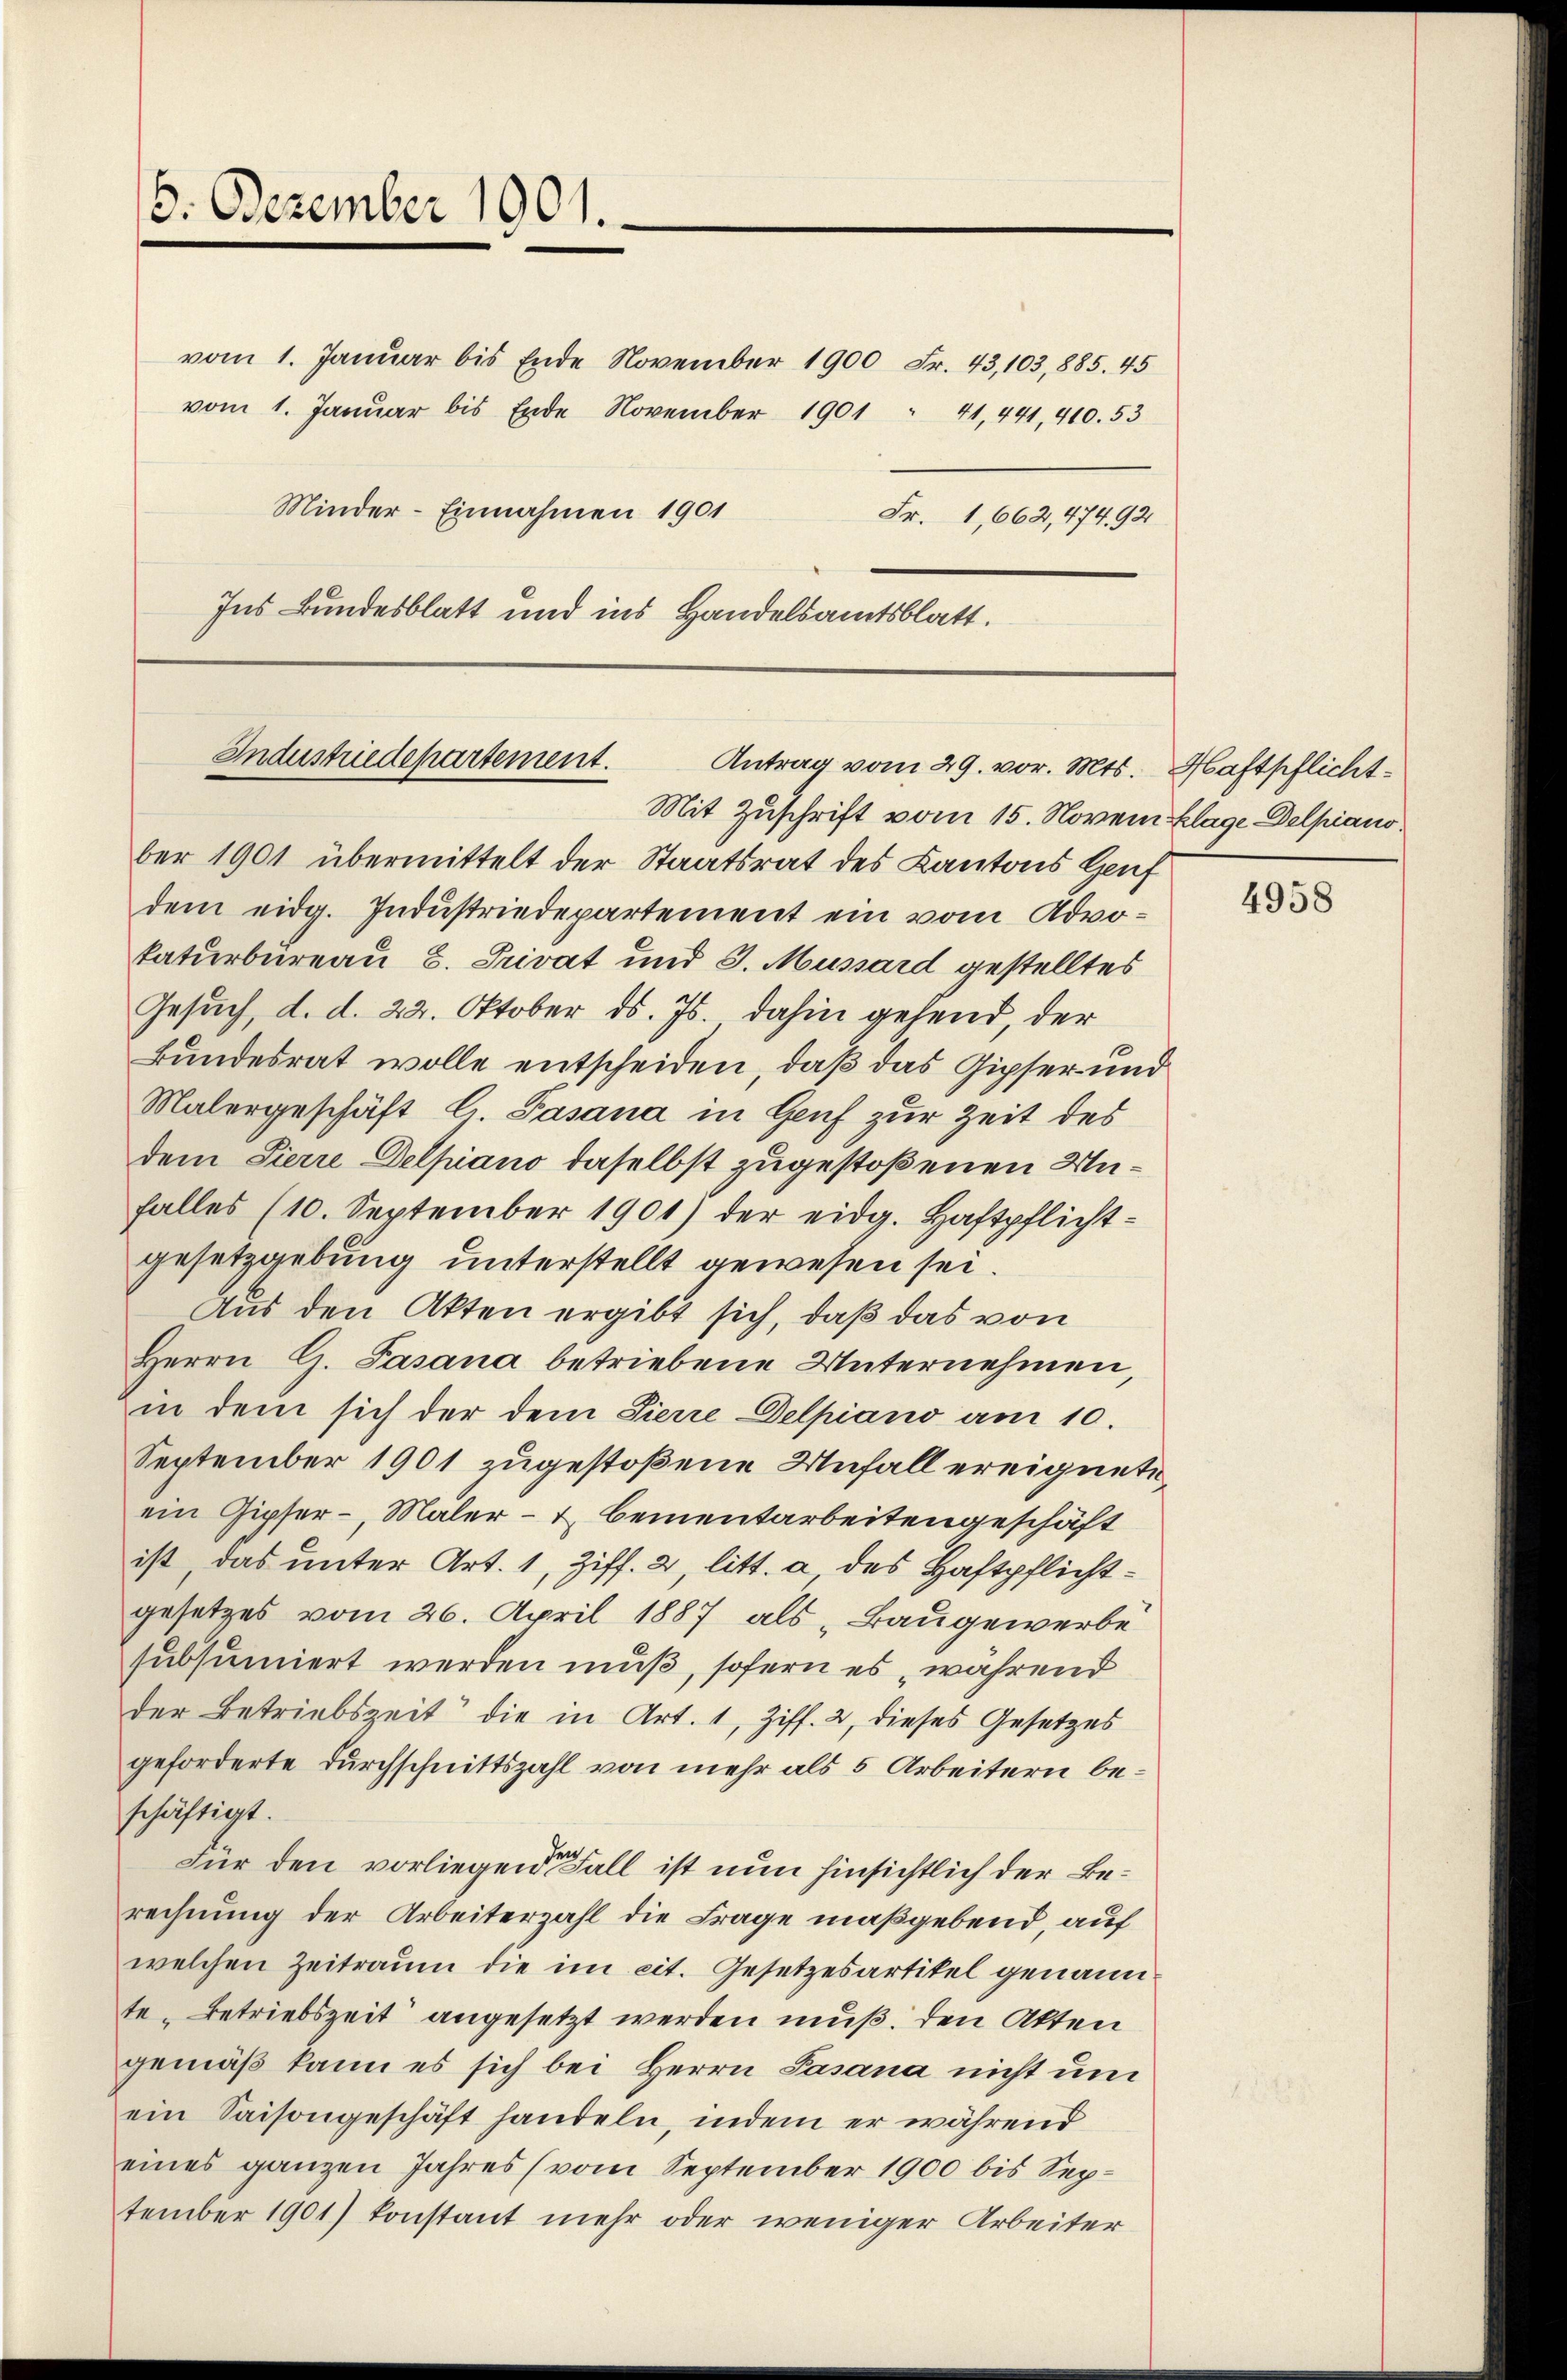
8. Dezember 1901.

vom 1. Januar bis Ende November 1900 Fr. 43, 103,885. 45
vom 1. Januar bis Ende November 1901 " 41, 441, 410. 53
Minder-Einnahmen 1901
Ins Bundesblatt und ins Handelsamtsblatt.

Mit Zuschrift vom 15. Novem Klage Delpiano
ber 1901 übermittelt der Staatsrat des Kantons Genf
dem eidg. Industriedepartement ein vom Advokaturbureau B. Privat und J. Mussard gestelltes
Gesuch, d. d. 22. Oktober ds. Js. dahin gehend, der
Bundesrat wolle entscheiden, daß das Gipser und
Malergeschäft l. Pasana in Genf zur Zeit des
dem Pierre Delpiano daselbst zugestoßenen Unfalles (10. September 1901) der eidg. Haftpflicht-
gesetzgebung unterstellt gewesen sei.
Aus den Akten ergibt sich, daß das von
Herrn G. Pasana betriebene Unternehmen,
in dem sich der dem Pierre Delpiano am 10.
September 1901 zugestoßene Unfall ereignete
ein Gipfer - Maler- & Bementarbeitengeschäft
ist das unter Art. 1, Ziff. 2, litt. a des Haftpflichtgesetzes vom 26. April 1887 als „Baugewerbe
subsumiert werden muß, sofern es während
der Betriebszeit die in Art. 1, Ziff. 2, dieses Gesetzes
geforderte Durchschnittszahl von mehr als 5 Arbeitern beschäftigt.
Für den vorliegen der Fall ist nun hinsichtlich der Berechnung der Arbeiterzahl die Frage maßgebend, auf
welchen Zeitraum die im cit. Gesetzesartikel genann
te „Betriebszeit angesetzt werden muß. Den Akten
gemäß kann es sich bei Herrn Pasana nicht und
ein Saisongeschäft handeln, indem er während
eines ganzen Jahres (vom September 1900 bis September 1901) konstant mehr oder weniger Arbeiter

Fr. 1,662,474,92

Industriedepartement.
Antrag vom 29. vor. Mts. Haftpflicht¬

4958